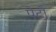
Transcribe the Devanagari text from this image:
पेटो